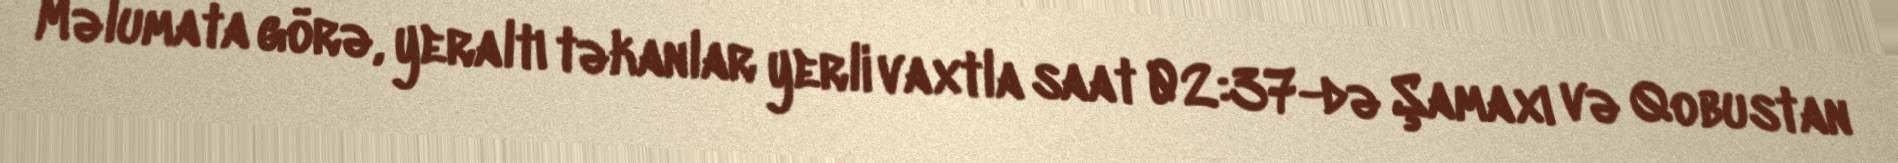
Məlumata görə, yeraltı təkanlar yerli vaxtla saat 02:37-də Şamaxı və Qobustan